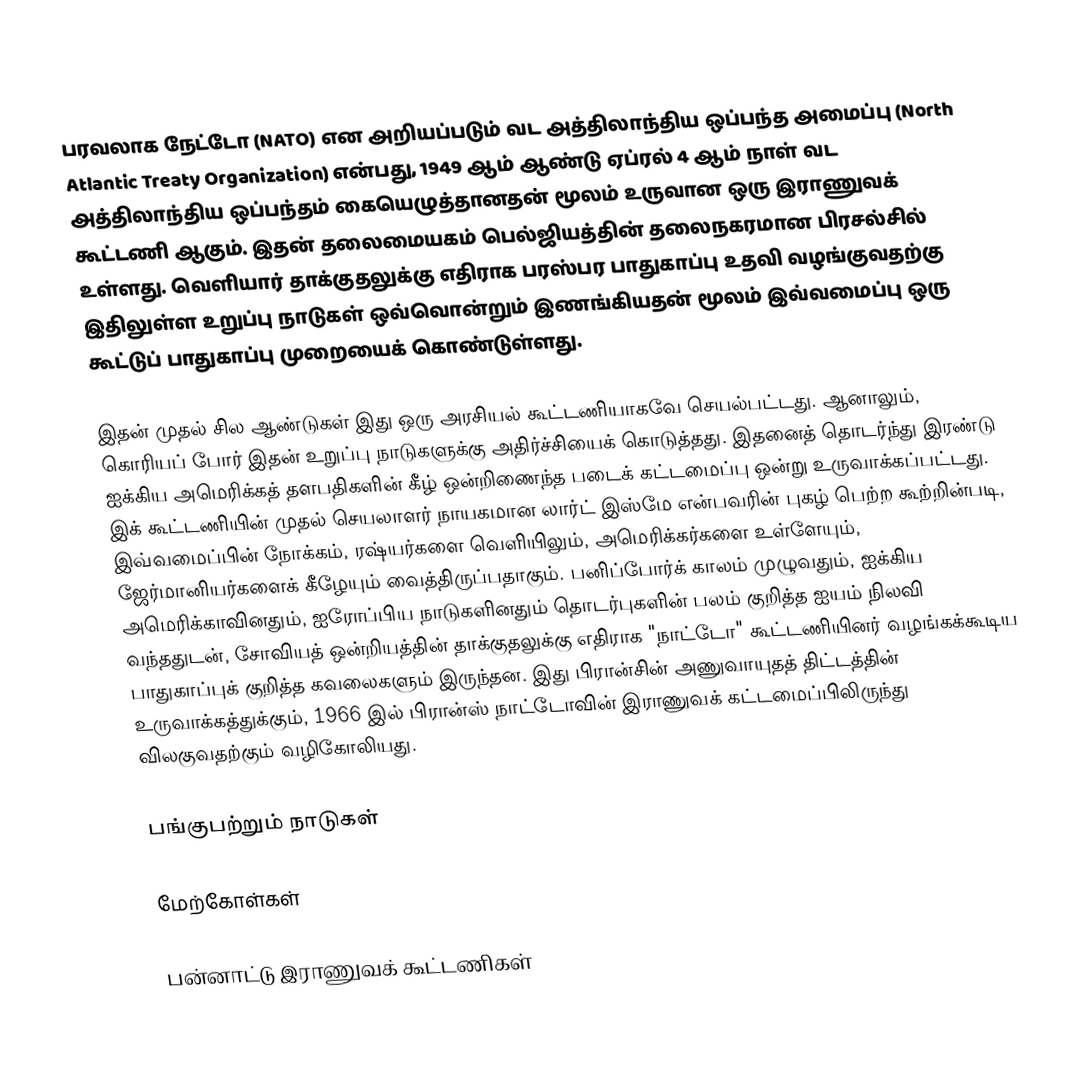
பரவலாக நேட்டோ (NATO) என அறியப்படும் வட அத்திலாந்திய ஒப்பந்த அமைப்பு (North Atlantic Treaty Organization) என்பது, 1949 ஆம் ஆண்டு ஏப்ரல் 4 ஆம் நாள் வட அத்திலாந்திய ஒப்பந்தம் கையெழுத்தானதன் மூலம் உருவான ஒரு இராணுவக் கூட்டணி ஆகும். இதன் தலைமையகம் பெல்ஜியத்தின் தலைநகரமான பிரசல்சில் உள்ளது. வெளியார் தாக்குதலுக்கு எதிராக பரஸ்பர பாதுகாப்பு உதவி வழங்குவதற்கு இதிலுள்ள உறுப்பு நாடுகள் ஒவ்வொன்றும் இணங்கியதன் மூலம் இவ்வமைப்பு ஒரு கூட்டுப் பாதுகாப்பு முறையைக் கொண்டுள்ளது.

இதன் முதல் சில ஆண்டுகள் இது ஒரு அரசியல் கூட்டணியாகவே செயல்பட்டது. ஆனாலும், கொரியப் போர் இதன் உறுப்பு நாடுகளுக்கு அதிர்ச்சியைக் கொடுத்தது. இதனைத் தொடர்ந்து இரண்டு ஐக்கிய அமெரிக்கத் தளபதிகளின் கீழ் ஒன்றிணைந்த படைக் கட்டமைப்பு ஒன்று உருவாக்கப்பட்டது. இக் கூட்டணியின் முதல் செயலாளர் நாயகமான லார்ட் இஸ்மே என்பவரின் புகழ் பெற்ற கூற்றின்படி, இவ்வமைப்பின் நோக்கம், ரஷ்யர்களை வெளியிலும், அமெரிக்கர்களை உள்ளேயும், ஜேர்மானியர்களைக் கீழேயும் வைத்திருப்பதாகும். பனிப்போர்க் காலம் முழுவதும், ஐக்கிய அமெரிக்காவினதும், ஐரோப்பிய நாடுகளினதும் தொடர்புகளின் பலம் குறித்த ஐயம் நிலவி வந்ததுடன், சோவியத் ஒன்றியத்தின் தாக்குதலுக்கு எதிராக "நாட்டோ" கூட்டணியினர் வழங்கக்கூடிய பாதுகாப்புக் குறித்த கவலைகளும் இருந்தன. இது பிரான்சின் அணுவாயுதத் திட்டத்தின் உருவாக்கத்துக்கும், 1966 இல் பிரான்ஸ் நாட்டோவின் இராணுவக் கட்டமைப்பிலிருந்து விலகுவதற்கும் வழிகோலியது.

பங்குபற்றும் நாடுகள்

மேற்கோள்கள்

பன்னாட்டு இராணுவக் கூட்டணிகள்